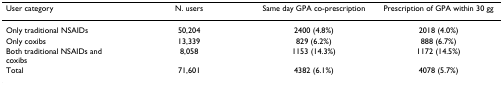
| User category | N. users | Same day GPA co-prescription | Prescription of GPA within 30 gg |
 | --- | --- | --- | --- |
 | Only traditional NSAIDs | 50,204 | 2400 (4.8%) | 2018 (4.0%) |
 | Only coxibs | 13,339 | 829 (6.2%) | 888 (6.7%) |
 | Both traditional NSAIDs and coxibs | 8,058 | 1153 (14.3%) | 1172 (14.5%) |
 | Total | 71,601 | 4382 (6.1%) | 4078 (5.7%) |